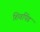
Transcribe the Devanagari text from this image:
शिवपिंड